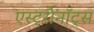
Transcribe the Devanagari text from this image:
एस्ट्रौनॉट्स